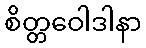
စိတ္တဝေါဒါနာ